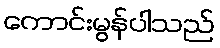
ကောင်းမွန်ပါသည်